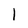
Character: 1